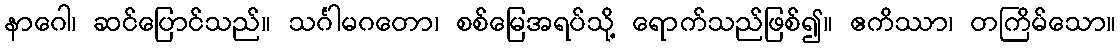
နာဂေါ၊ ဆင်ပြောင်သည်။ သင်္ဂါမဂတော၊ စစ်မြေအရပ်သို့ ရောက်သည်ဖြစ်၍။ ဧကိဿာ၊ တကြိမ်သော။